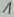
Text: 1